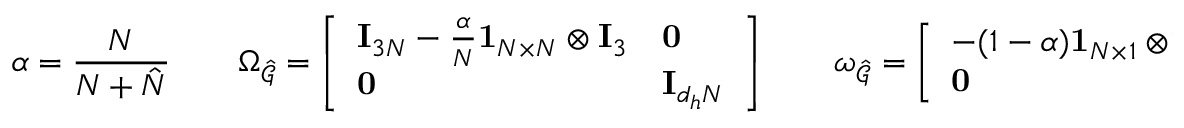
\alpha = \frac { N } { N + \hat { N } } \quad \quad \Omega _ { \hat { \mathcal { G } } } = \left[ \begin{array} { l l } { \mathbf { I } _ { 3 N } - \frac { \alpha } { N } \mathbf { 1 } _ { N \times N } \otimes \mathbf { I } _ { 3 } } & { \mathbf { 0 } } \\ { \mathbf { 0 } } & { \mathbf { I } _ { d _ { h } N } } \end{array} \right] \quad \quad \omega _ { \hat { \mathcal { G } } } = \left[ \begin{array} { l } { - ( 1 - \alpha ) \mathbf { 1 } _ { N \times 1 } \otimes \mathbf { \hat { x } } _ { a v } } \\ { \mathbf { 0 } } \end{array} \right]